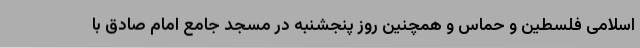
اسلامی فلسطین و حماس و همچنین روز پنجشنبه در مسجد جامع امام صادق با